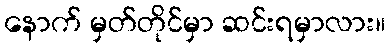
နောက် မှတ်တိုင်မှာ ဆင်းရမှာလား။